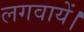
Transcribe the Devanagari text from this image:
लगवायें।